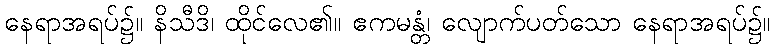
နေရာအရပ်၌။ နိသီဒိ၊ ထိုင်လေ၏။ ဧကမန္တံ၊ လျောက်ပတ်သော နေရာအရပ်၌။